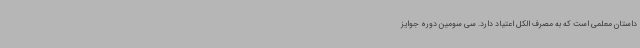
داستان معلمی است که به مصرف الکل اعتیاد دارد. سی سومین دوره جوایز